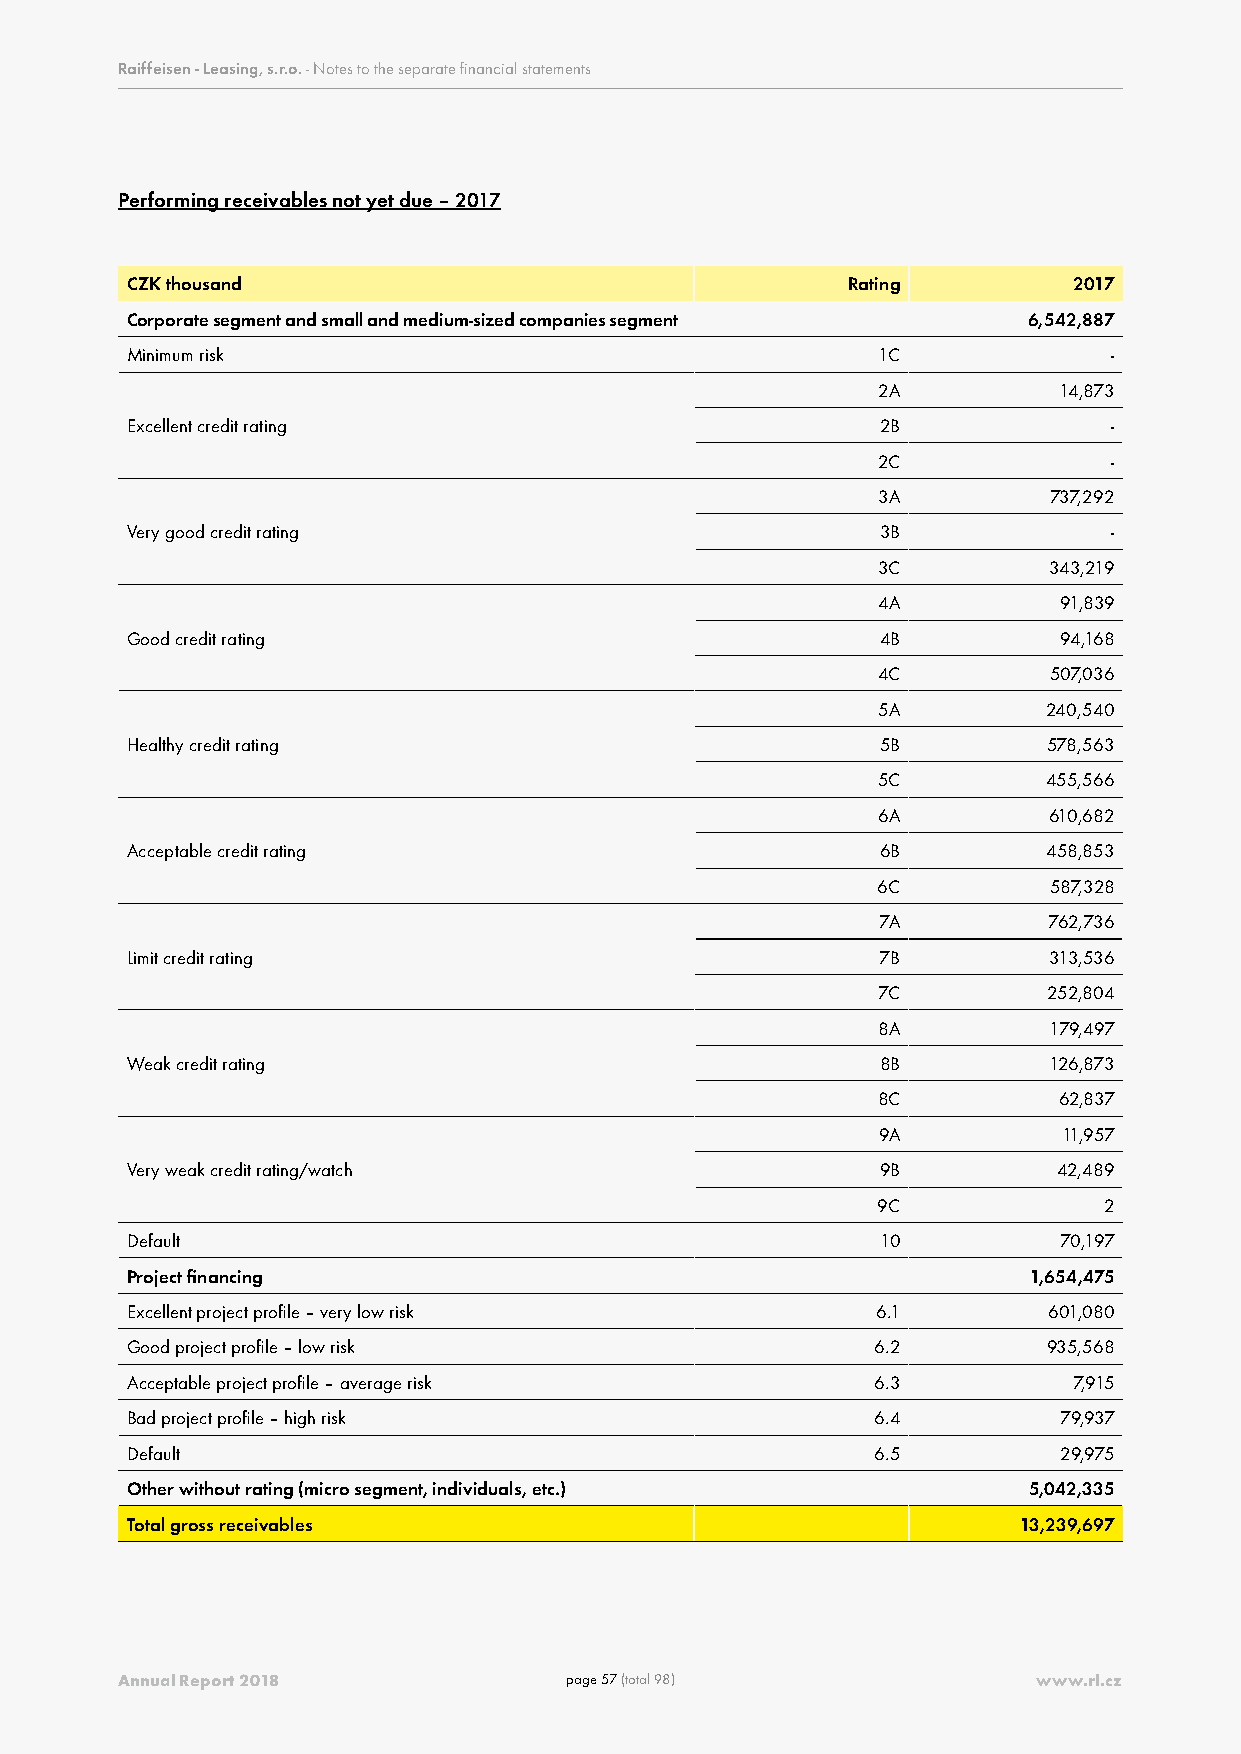
Raiffeisen - Leasing, s.r.o. - Notes to the separate financial statements
 Performing receivables not yet due – 2017
 CZK thousand                                    Rating         2017
 Corporate segment and small and medium-sized companies segment 6,542,887
 Minimum risk                                      1C              -
 2A          14,873
 Excellent credit rating                           2B              -
 2C              -
 3A         737,292
 Very good credit rating                           3B              -
 3C         343,219
 4A          91,839
 Good credit rating                                4B          94,168
 4C         507,036
 5A         240,540
 Healthy credit rating                             5B         578,563
 5C         455,566
 6A         610,682
 Acceptable credit rating                          6B         458,853
 6C         587,328
 7A         762,736
 Limit credit rating                               7B         313,536
 7C         252,804
 8A         179,497
 Weak credit rating                                8B         126,873
 8C          62,837
 9A          11,957
 Very weak credit rating/watch                     9B          42,489
 9C             2
 Default                                           10          70,197
 Project financing                                           1,654,475
 Excellent project profile – very low risk         6.1        601,080
 Good project profile – low risk                   6.2        935,568
 Acceptable project profile – average risk         6.3          7,915
 Bad project profile – high risk                   6.4         79,937
 Default                                           6.5         29,975
 Other without rating (micro segment, individuals, etc.)     5,042,335
 Total gross receivables                                     13,239,697
 Annual Report 2018           page 57 (total 98)              www.rl.cz